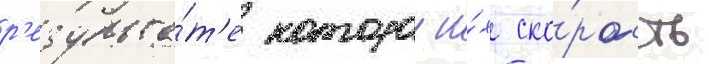
р'езульта́т'е которои и́х ско́рость